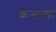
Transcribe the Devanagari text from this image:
शेजाऱ्या